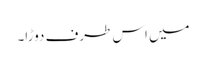
میں اس طرف دوڑا۔